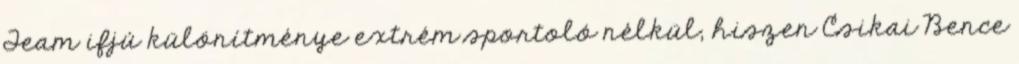
Team ifjú különítménye extrém sportoló nélkül, hiszen Csikai Bence